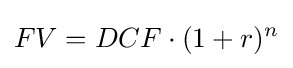
FV=DCF\cdot (1+r)^{n}